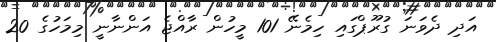
އަދި ދެވަނަ ގުރޫޕްގައި ހިމެނޭ 101 މީހުން ރާއްޖެ އަންނާނީ މިމަހުގެ 20